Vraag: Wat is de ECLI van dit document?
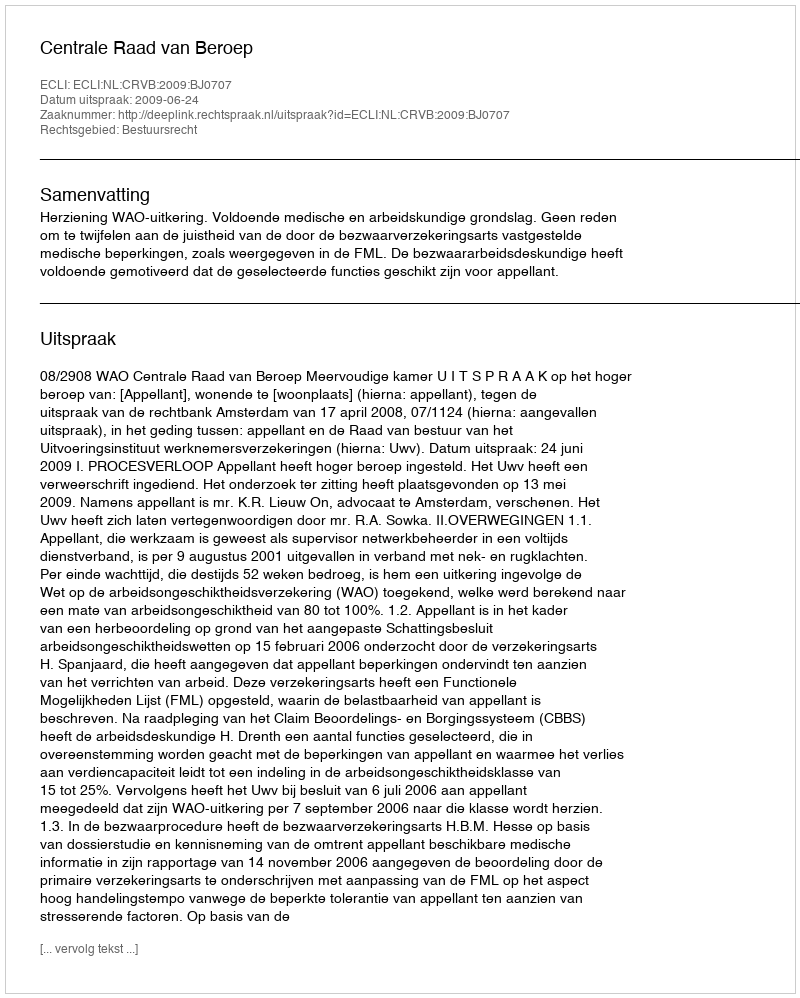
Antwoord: ECLI:NL:CRVB:2009:BJ0707